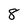
Character: 8